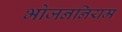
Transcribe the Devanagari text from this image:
भोजननियम